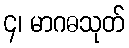
၄၊ မာဂဓသုတ်